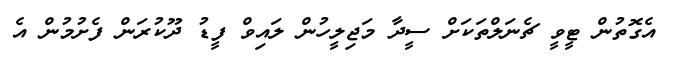
އެގޮތުން ޓީވީ ޗެނަލްތަކަށް ސީދާ މަޖިލީހުން ލައިވް ފީޑު ދޫކުރަން ފެށުމުން އެ